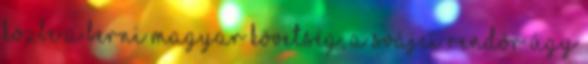
közbe a berni magyar követség, a svájci rendôr úgy